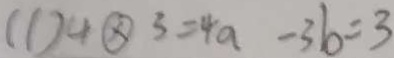
( 1 ) 4 \times 3 = 4 a - 3 b = 3